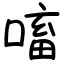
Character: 㗜